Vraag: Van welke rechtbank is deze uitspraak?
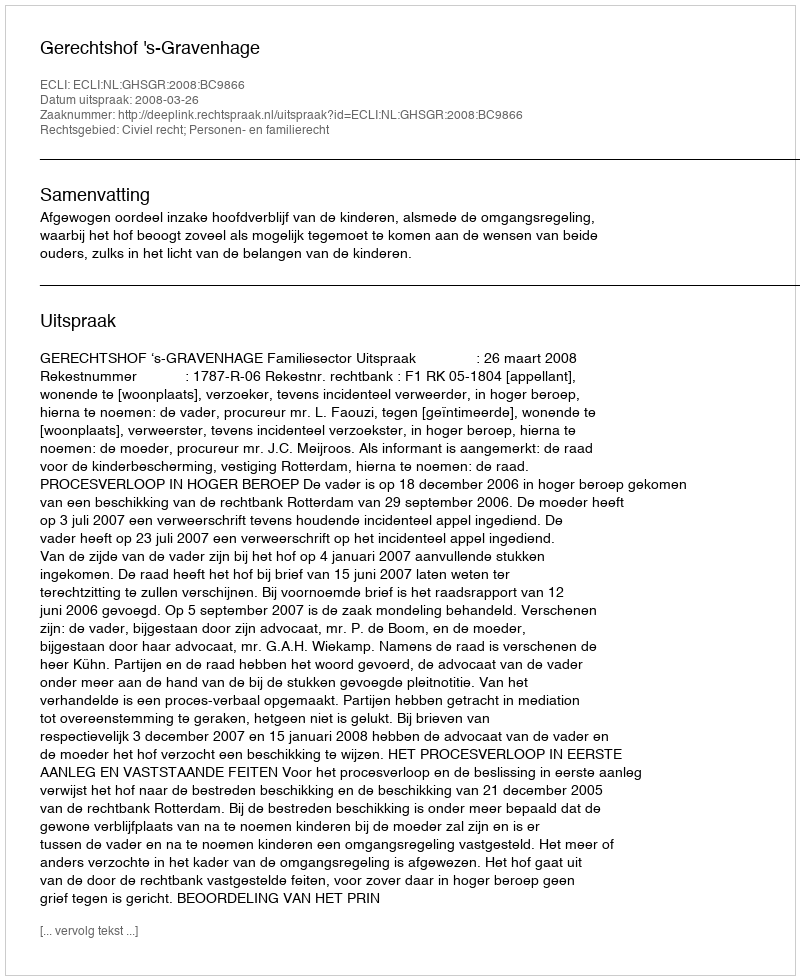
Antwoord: Gerechtshof 's-Gravenhage